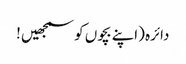
دائرہ (اپنے بچوں کو سمجھیں !